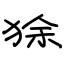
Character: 狳